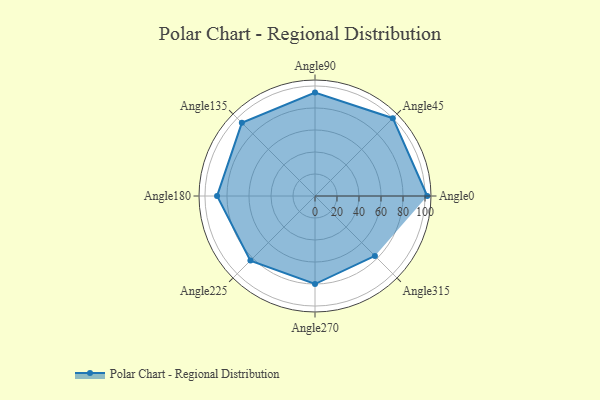
{"axis": {"x": "Angle", "y": "Radius"}, "legend": [""], "data": [{"x": "Angle0", "y": 102.0, "type": ""}, {"x": "Angle45", "y": 100.0, "type": ""}, {"x": "Angle90", "y": 94.0, "type": ""}, {"x": "Angle135", "y": 94.0, "type": ""}, {"x": "Angle180", "y": 89.0, "type": ""}, {"x": "Angle225", "y": 83.0, "type": ""}, {"x": "Angle270", "y": 80.0, "type": ""}, {"x": "Angle315", "y": 77.0, "type": ""}]}